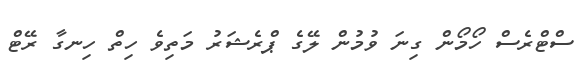
ސްޓްރެސް ހޯމޯން ގިނަ ވުމުން ލޭގެ ޕްރެޝަރު މަތިވެ ހިތް ހިނގާ ރޭޓް